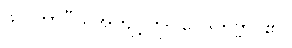
ဖလဘာဂီယအကျင့်ကို။ ဝေဒိတဗ္ဗာ၊ ၏။